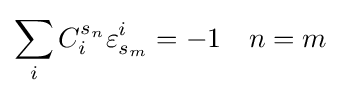
\sum _{i}C_{i}^{s_{n}}\varepsilon _{s_{m}}^{i}=-1\quad n=m